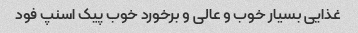
غذایی بسیار خوب و عالی و برخورد خوب پیک اسنپ فود